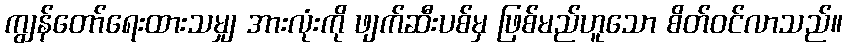
ကျွန်တော်ရေးထားသမျှ အားလုံးကို ဖျက်ဆီးပစ်မှ ဖြစ်မည်ဟူသော စိတ်ဝင်လာသည်။